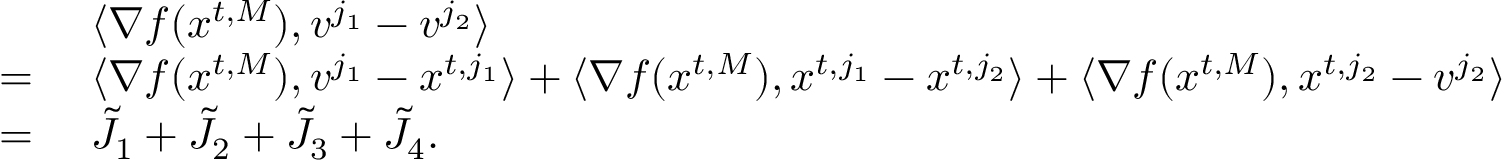
\begin{array} { r l } & { \langle \nabla f ( { x } ^ { t , M } ) , { v } ^ { j _ { 1 } } - { v } ^ { j _ { 2 } } \rangle } \\ { = \ } & { \langle \nabla f ( { x } ^ { t , M } ) , { v } ^ { j _ { 1 } } - { x } ^ { t , j _ { 1 } } \rangle + \langle \nabla f ( { x } ^ { t , M } ) , { x } ^ { t , j _ { 1 } } - { x } ^ { t , j _ { 2 } } \rangle + \langle \nabla f ( { x } ^ { t , M } ) , { x } ^ { t , j _ { 2 } } - { v } ^ { j _ { 2 } } \rangle } \\ { = \ } & { \tilde { J } _ { 1 } + \tilde { J } _ { 2 } + \tilde { J } _ { 3 } + \tilde { J } _ { 4 } . } \end{array}